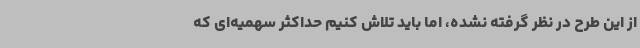
از این طرح در نظر گرفته نشده، اما باید تلاش کنیم حداکثر سهمیه‌ای که